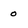
Character: 0